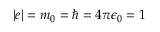
\vert e \vert = m _ { 0 } = \hslash = 4 \pi \epsilon _ { 0 } = 1